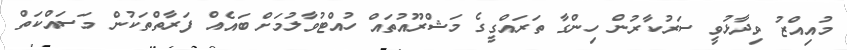
މުއިއްޒު ވިދާޅުވީ ސަރުކާރުން ހިންގާ ތަރައްގީގެ މަޝްރޫއުތައް ހުއްޓުވާލުމަށް ބައެއް ފަރާތްތަކުން މަސައްކަތް